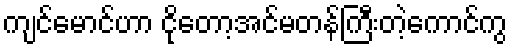
ကျင်မောင်ဟာ ငိုတော့အင်မတန်ကြီးတဲ့ကောင်ကွ